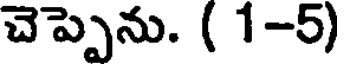
చెప్పెను. ( 1-5)